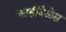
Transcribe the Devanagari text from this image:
काहीवेळेस